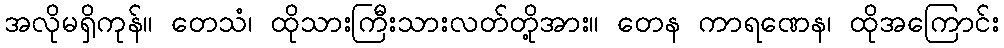
အလိုမရှိကုန်။ တေသံ၊ ထိုသားကြီးသားလတ်တို့အား။ တေန ကာရဏေန၊ ထိုအကြောင်း